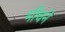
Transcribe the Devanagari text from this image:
भींचने